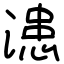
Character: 漶